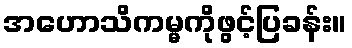
အဟောသိကမ္မကိုဖွင့်ပြခန်း။